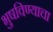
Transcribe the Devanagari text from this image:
भुषविण्याचा